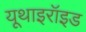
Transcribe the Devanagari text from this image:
यूथाइरॉइड